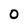
Character: 0